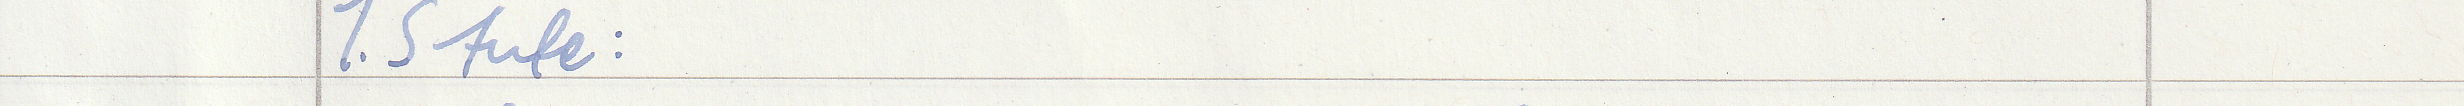
1. Stufe :